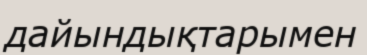
дайындықтарымен